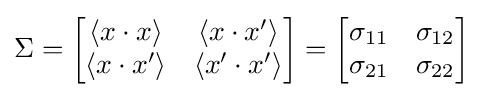
\Sigma ={\begin{bmatrix}\langle x\cdot x\rangle &\langle x\cdot x^{\prime }\rangle \\\langle x\cdot x^{\prime }\rangle &\langle x^{\prime }\cdot x^{\prime }\rangle \end{bmatrix}}={\begin{bmatrix}\sigma _{11}&\sigma _{12}\\\sigma _{21}&\sigma _{22}\end{bmatrix}}